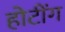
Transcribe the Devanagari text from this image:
होटींग